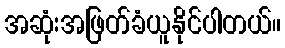
အဆုံးအဖြတ်ခံယူနိုင်ပါတယ်။